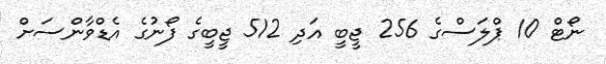
ނޯޓް 10 ޕްލަސްގެ 256 ޖީބީ އަދި 512 ޖީބީގެ ފޯނުގެ އެޑްވާންސަށް